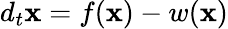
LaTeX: d_{t}\mathbf{x}=f(\mathbf{x})-w(\mathbf{x})